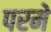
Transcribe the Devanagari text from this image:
परमे